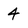
Character: 4